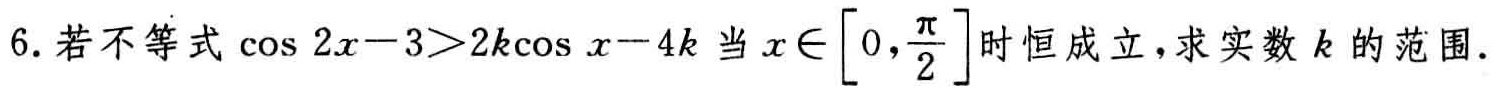
6. 若不等式\(\cos 2x - 3>2k\cos x - 4k\)当\(x\in\left[0,\frac{\pi}{2}\right]\)时恒成立，求实数\(k\)的范围.